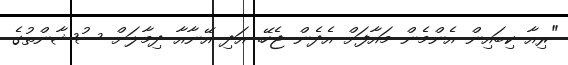
"ރިއާ ކިބައިން އެންމެން މައާފަށް އެދެން ޖެހޭ. އަދި އޭނާއާ ދިމާލަށް ސުޝާންތުގެ